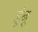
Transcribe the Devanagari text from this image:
डुंबू